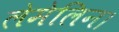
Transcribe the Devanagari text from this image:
लेमेलिन।